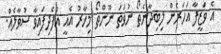
އެ ވަޒީފާ އަހަރެން ލިބިދާނެތޯ ނުވަތަ ނޫންތޯ މިހާރު އެއީ އުފެދިފައިވާ ސުވާލެއް.